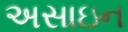
અસાઇન